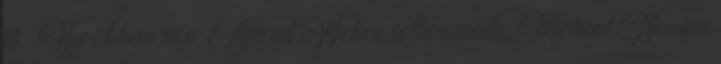
itt . Korábban már Alfred Webre felhasználta Michael Newton